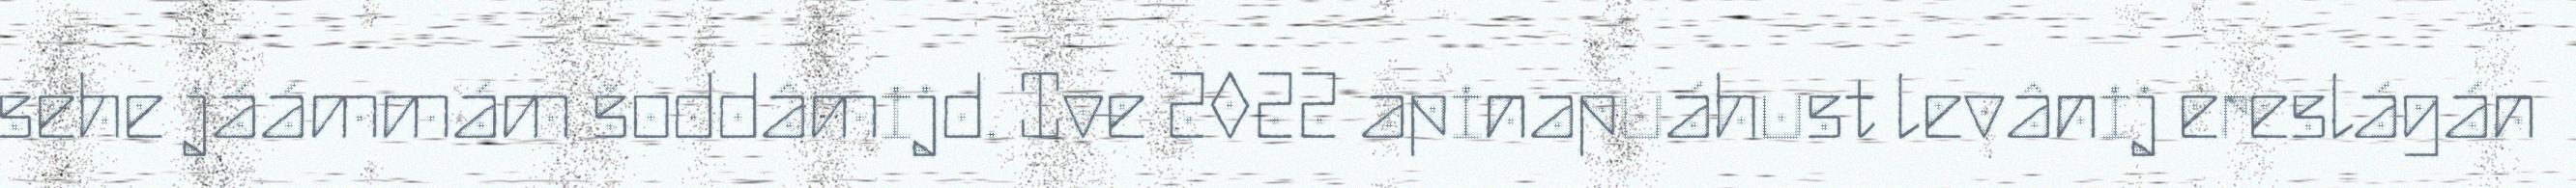
sehe jáámmám šoddâmijd. Ive 2022 apinapuáhust levânij ereslágán